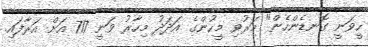
ހީވަނީ ގޮނޑެންހެން" މަރުވި މީހުންގެ އަދަދު މިހާރު ވަނީ 717 އަށް އަރާފައި.